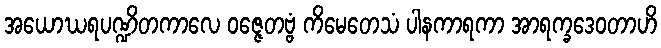
အယောဃရပဏ္ဍိတကာလေ ဝဇ္ဇေတဗ္ဗံ ကိမေတေသံ ပါနကာရကာ အာရက္ခဒေဝတာဟိ